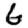
Digit: 6